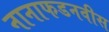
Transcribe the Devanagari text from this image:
नानाफडनवीस